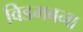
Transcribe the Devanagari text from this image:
विडमबना